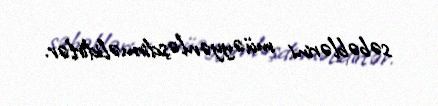
səbəblərini müəyyənləşdirməlidirlər.